Report of the Indian Hemp Drugs Commission, 1894-1895 - Volume IV
Year: 1894
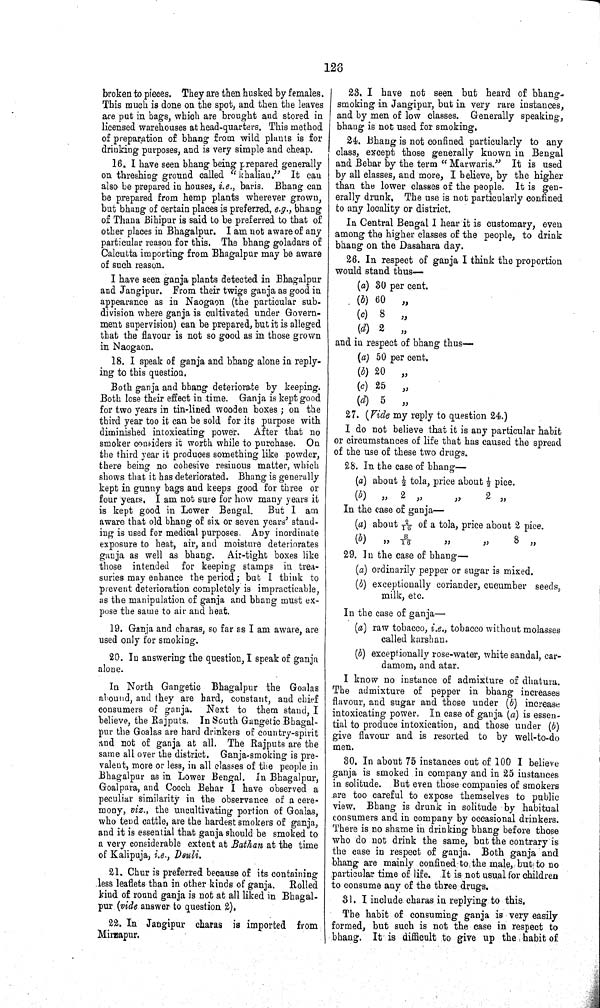
126
broken to pieces. They are then husked by females.
This much is done on the spot, and then the leaves
are put in bags, which are brought and stored in
licensed warehouses at head-quarters. This method
of preparation of bhang from wild plants is for
drinking purposes, and is very simple and cheap.
16. I have seen bhang being prepared generally
on threshing ground called "khaliau." It can
also be prepared in houses, i.e., baris. Bhang can
be prepared from hemp plants wherever grown,
but bhang of certain places is preferred, e.g., bhang
of Thana Bihipur is said to be preferred to that of
other places in Bhagalpur. I am not aware of any
particular reason for this. The bhang goladars of
Calcutta importing from Bhagalpur may be aware
of such reason.
I have seen ganja plants detected in Bhagalpur
and Jangipur. From their twigs ganja as good in
appearance as in Naogaon (the particular sub¬
division where ganja is cultivated under Govern¬
ment supervision) can be prepared, but it is alleged
that the flavour is not so good as in those grown
in Naogaon.
18. I speak of ganja and bhang alone in reply¬
ing to this question.
Both ganja and bhang deteriorate by keeping.
Both lose their effect in time. Ganja is kept good
for two years in tin-lined wooden boxes; on the
third year too it can be sold for its purpose with
diminished intoxicating power. After that no
smoker considers it worth while to purchase. On
the third year it produces something like powder,
there being no cohesive resinous matter, which
shows that it has deteriorated. Bhang is generally
kept in gunny bags and keeps good for three or
four years. I am not sure for how many years it
is kept good in Lower Bengal. But I am
aware that old bhang of six or seven years' stand¬
ing is used for medical purposes. Any inordinate
exposure to heat, air, and moisture deteriorates
ganja as well as bhang. Air-tight boxes like
those intended for keeping stamps in trea¬
suries may enhance the period; but I think to
prevent deterioration completely is impracticable,
as the manipulation of ganja and bhang must ex¬
pose the same to air and heat.
19. Ganja and charas, so far as I am aware, are
used only for smoking.
20. In answering the question, I speak of ganja
alone.
In North Gangetic Bhagalpur the Goalas
abound, and they are hard, constant, and chief
consumers of ganja. Next to them stand, I
believe, the Rajputs. In South Gangetic Bhagal-
pur the Goalas are hard drinkers of country-spirit
and not of ganja at all. The Rajputs are the
same all over the district. Ganja-smoking is pre¬
valent, more or less, in all classes of the people in
Bhagalpur as in Lower Bengal. In Bhagalpur,
Goal para, and Cooch Behar I have observed a
peculiar similarity in the observance of a cere¬
mony, viz., the uncultivating portion of Goalas,
who tend cattle, are the hardest smokers of ganja,
and it is essential that ganja should be smoked to
a very considerable extent at Bathan at the time
of Kalipuja, i.e., Deuli.
21. Chur is preferred because of its containing
less leaflets than in other kinds of ganja. Rolled
kind of round ganja is not at all liked in Bhagal¬
pur (vide answer to question 2).
22. In Jangipur charas is imported from
Mirzapur.
23. I have not seen but heard of bhang-
smoking in Jangipur, but in very rare instances,
and by men of low classes. Generally speaking,
bhang is not used for smoking.
24. Bhang is not confined particularly to any
class, except those generally known in Bengal
and Behar by the term " Marwaris." It is used
by all classes, and more, I believe, by the higher
than the lower classes of the people. It is gen¬
erally drunk. The use is not particularly confined
to any locality or district.
In Central Bengal I hear it is customary, even
among the higher classes of the people, to drink
bhang on the Dasahara day.
26. In respect of ganja I think the proportion
would stand thus—
(a) 30 per cent.
(b) 60
"
(c) 8
"
(d) 2
"
and in respect of bhang thus—
(a) 50 per cent.
(b) 20
"
(c) 25
"
(d) 5
"
27. (Vide my reply to question 24.)
I do not believe that it is any particular habit
or circumstances of life that has caused the spread
of the use of these two drugs.
28. In the case of bhang—
(a) about ½ tola, price about ½ pice.
(b) " 2
"
"
2 "
In the case of ganja—
(a) about 2/16 of a tola, price about 2 pice.
(b)
"
8/16
"
"
8 "
29. In the case of bhang—
(a) ordinarily pepper or sugar is mixed.
(b) exceptionally coriander, cucumber seeds,
milk, etc.
In the case of ganja—
(a) raw tobacco, i.e., tobacco without molasses
called karshan.
(b) exceptionally rose-water, white sandal, car¬
damom, and atar.
I know no instance of admixture of dhatura.
The admixture of pepper in bhang increases
flavour, and sugar and those under (b) increase
intoxicating power. In case of ganja (a) is essen¬
tial to produce intoxication, and those under (b)
give flavour and is resorted to by well-to-do
men.
30. In about 75 instances out of 100 I believe
ganja is smoked in company and in 25 instances
in solitude. But even those companies of smokers
are too careful to expose themselves to public
view. Bhang is drunk in solitude by habitual
consumers and in company by occasional drinkers.
There is no shame in drinking bhang before those
who do not drink the same, but the contrary is
the case in respect of ganja. Both ganja and
bhang are mainly confined to the male, but to no
particular time of life. It is not usual for children
to consume any of the three drugs.
31. I include charas in replying to this.
The habit of consuming ganja is very easily
formed, but such is not the case in respect to
bhang. It is difficult to give up the habit of